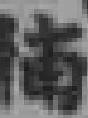
捕